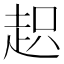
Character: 𧻍